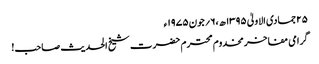
۲۵جمادی الاولیٰ ۱۳۹۵ھ ،۶؍جون ۱۹۷۵ء
گرامی مفاخر مخدوم محترم حضرت شیخ الحدیث صاحب!